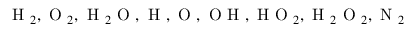
\mathrm { ~ H ~ } _ { 2 } , \mathrm { ~ O ~ } _ { 2 } , \mathrm { ~ H ~ } _ { 2 } \mathrm { ~ O ~ } , \mathrm { ~ H ~ } , \mathrm { ~ O ~ } , \mathrm { ~ O ~ H ~ } , \mathrm { ~ H ~ O ~ } _ { 2 } , \mathrm { ~ H ~ } _ { 2 } \mathrm { ~ O ~ } _ { 2 } , \mathrm { ~ N ~ } _ { 2 }